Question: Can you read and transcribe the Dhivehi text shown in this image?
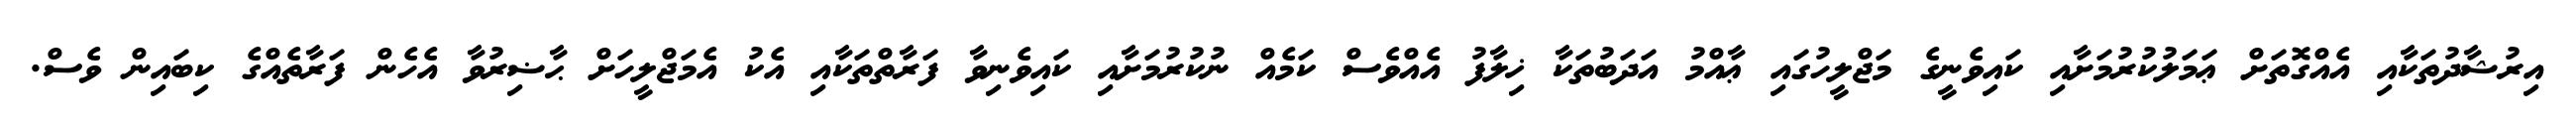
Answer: އިރުޝާދުތަކާއި އެއްގޮތަށް ޢަމަލުކުރުމަށާއި ކައިވެނީގެ މަޖްލީހުގައި ޢާއްމު އަދަބުތަކާ ޚިލާފު އެއްވެސް ކަމެއް ނުކުރުމަށާއި ކައިވެނިވާ ފަރާތްތަކާއި އެކު އެމަޖްލީހަށް ޙާޟިރުވާ އެހެން ފަރާތެއްގެ ކިބައިން ވެސް.